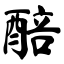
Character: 醅